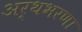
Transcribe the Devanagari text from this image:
अर्थभरणा